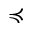
\preccurlyeq